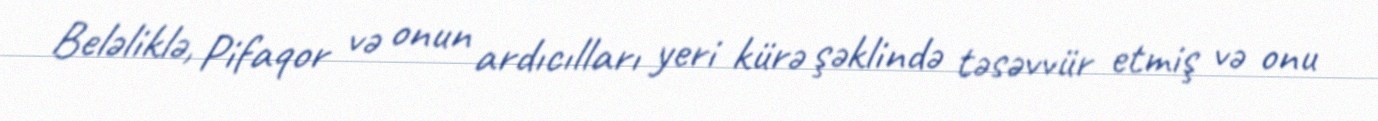
Beləliklə, Pifaqor və onun ardıcılları yeri kürə şəklində təsəvvür etmiş və onu